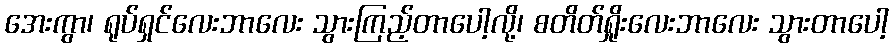
အေးကွာ၊ ရုပ်ရှင်လေးဘာလေး သွားကြည့်တာပေါ့လို့၊ စတိတ်ရှိုးလေးဘာလေး သွားတာပေါ့